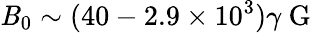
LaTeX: \mathit{B}_{0}\sim(40-2.9\times10^{3})\gamma\mathrm{{~G~}}